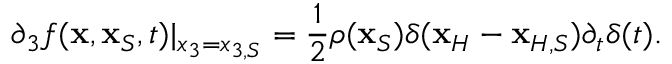
\partial _ { 3 } f ( { \bf x } , { \bf x } _ { S } , t ) | _ { x _ { 3 } = x _ { 3 , S } } = \frac { 1 } { 2 } \rho ( { \bf x } _ { S } ) \delta ( { \bf x } _ { H } - { \bf x } _ { H , S } ) { \partial _ { t } } \delta ( t ) .